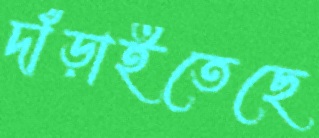
দাঁড়াইতেছে